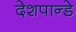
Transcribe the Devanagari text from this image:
देशपान्डे